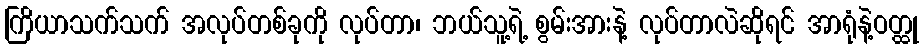
ကြိယာသက်သက် အလုပ်တစ်ခုကို လုပ်တာ၊ ဘယ်သူ့ရဲ့ စွမ်းအားနဲ့ လုပ်တာလဲဆိုရင် အာရုံနဲ့ဝတ္ထု